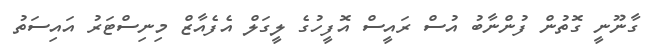
ގާނޫނީ ގޮތުން ފުންނާބު އުސް ރައީސް އޮފީހުގެ ލީގަލް އެފެއާޒް މިނިސްޓަރު އައިސަތު